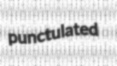
punctulated